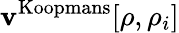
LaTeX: \mathbf{v}^{\mathrm{{Koopmans}}}[\rho,\rho_{i}]